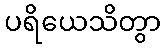
ပရိယေသိတွာ